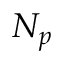
N _ { p }